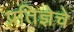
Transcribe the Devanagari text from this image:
प्रतिज्ञेचे